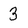
Character: 3